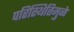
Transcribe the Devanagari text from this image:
परिस्थितिमुळे